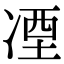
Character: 凐